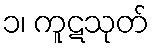
၁၊ ကူဋသုတ်